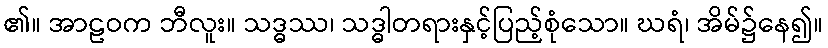
၏။ အာဠဝက ဘီလူး။ သဒ္ဓဿ၊ သဒ္ဓါတရားနှင့်ပြည့်စုံသော။ ဃရံ၊ အိမ်၌နေ၍။